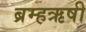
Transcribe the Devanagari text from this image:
ब्रम्हऋषी